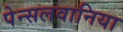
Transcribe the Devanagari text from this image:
पेन्सलवानिया